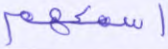
أسمعهم